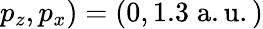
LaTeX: p_{z},p_{x})=(0,1.3\; \mathrm{a.u.)}